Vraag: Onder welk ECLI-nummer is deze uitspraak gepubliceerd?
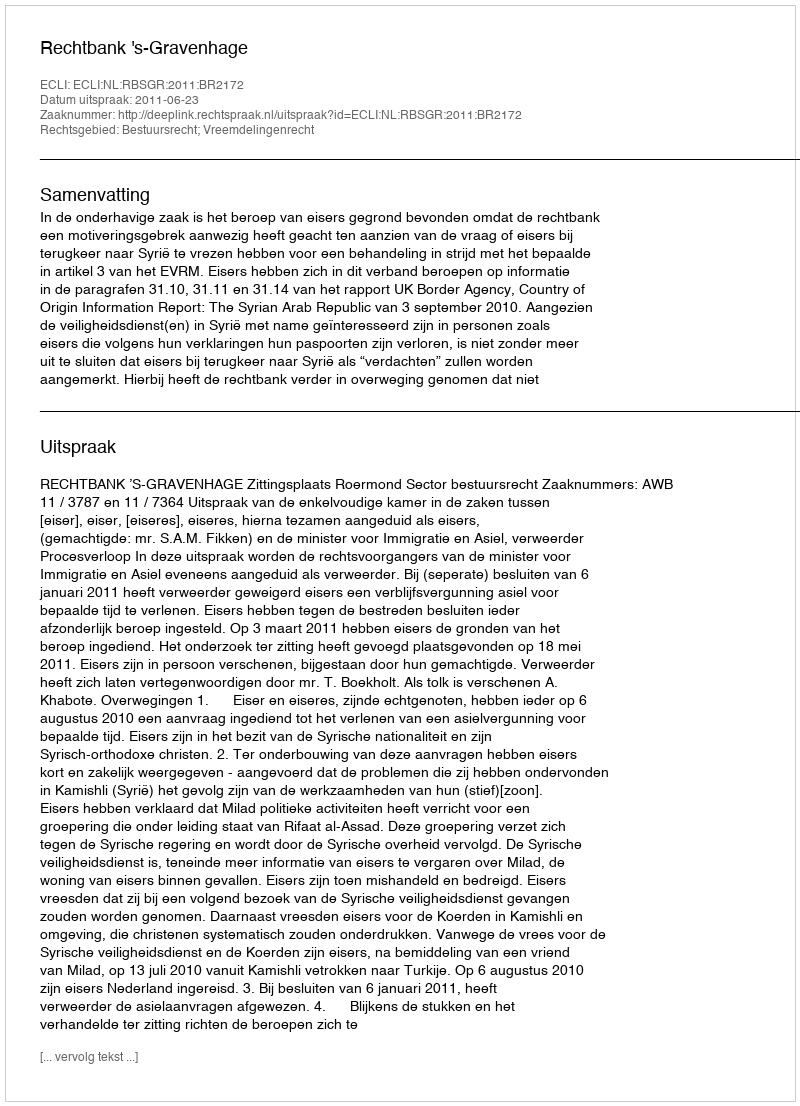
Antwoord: ECLI:NL:RBSGR:2011:BR2172